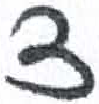
אות: צ